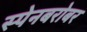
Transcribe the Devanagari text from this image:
स्पेनबरोबर